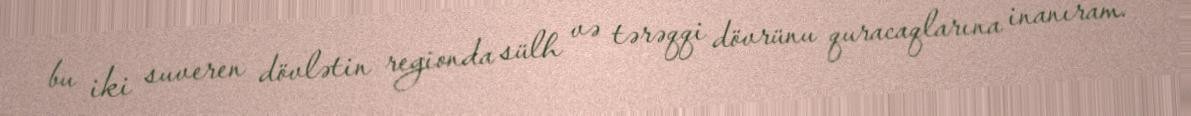
bu iki suveren dövlətin regionda sülh və tərəqqi dövrünu quracaqlarına inanıram.